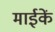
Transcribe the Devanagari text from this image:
माईकें